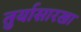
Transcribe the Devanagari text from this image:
तुर्यासारखा